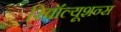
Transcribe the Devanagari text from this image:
रिवॉल्यूशन्स